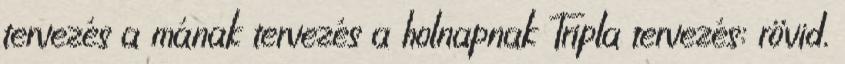
tervezés a mának tervezés a holnapnak Tripla tervezés: rövid,